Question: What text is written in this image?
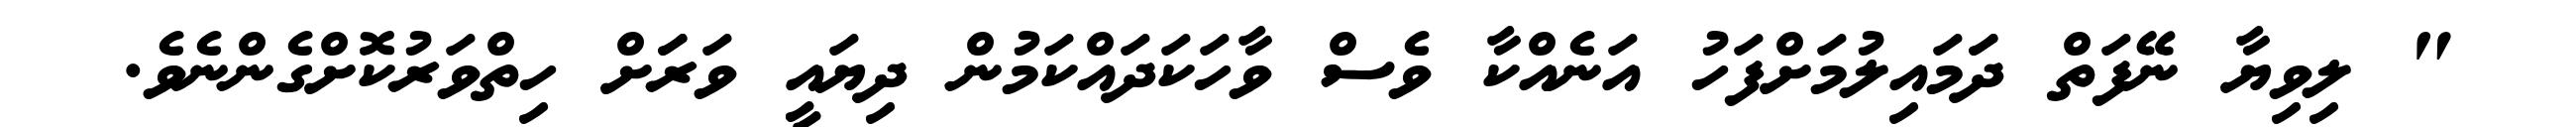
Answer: " ލިވިޔާ ނޭފަތް ދަަމައިލުމަށްފަހު އަނެއްކާ ވެސް ވާހަކަދައްކަމުން ދިޔައީ ވަރަަށް ހިތްވަރުކޮށްގެންނެވެ.